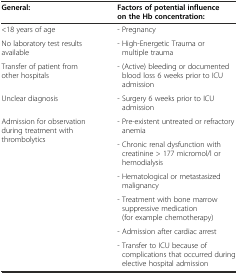
<table><thead><tr><td><b>General:</b></td><td><b>Factors of potential influence on the Hb concentration:</b></td></tr></thead><tbody><tr><td>&lt;18 years of age</td><td>- Pregnancy</td></tr><tr><td>No laboratory test results available</td><td>- High-Energetic Trauma or multiple trauma</td></tr><tr><td>Transfer of patient from other hospitals</td><td>- (Active) bleeding or documented blood loss 6 weeks prior to ICU admission</td></tr><tr><td>Unclear diagnosis</td><td>- Surgery 6 weeks prior to ICU admission</td></tr><tr><td rowspan="2">Admission for observation during treatment with thrombolytics</td><td>- Pre-existent untreated or refractory anemia</td></tr><tr><td>- Chronic renal dysfunction with creatinine &gt; 177 micromol/l or hemodialysis</td></tr><tr><td></td><td>- Hematological or metastasized malignancy</td></tr><tr><td></td><td>- Treatment with bone marrow suppressive medication (for example chemotherapy)</td></tr><tr><td></td><td>- Admission after cardiac arrest</td></tr><tr><td></td><td>- Transfer to ICU because of complications that occurred during elective hospital admission</td></tr></tbody></table>